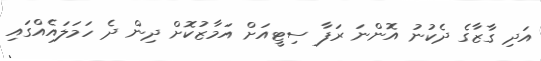
އަދި ގާޒާގެ ދެކުނު އޮންނަ ރަފާ ސިޓީއަށް އަމާޒުކޮށް ދިން ދެ ހަމަލައެއްގައި